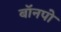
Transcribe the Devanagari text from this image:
बॉनपो